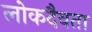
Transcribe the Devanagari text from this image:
लोकदैवता